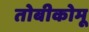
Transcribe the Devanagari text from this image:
तोबीकोमू